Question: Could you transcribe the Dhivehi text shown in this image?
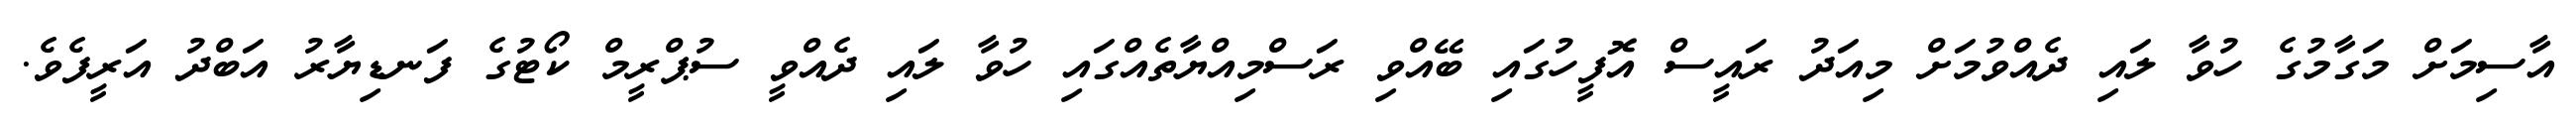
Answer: އާސިމަށް މަގާމުގެ ހުވާ ލައި ދެއްވުމަށް މިއަދު ރައީސް އޮފީހުގައި ބޭއްވި ރަސްމިއްޔާތެއްގައި ހުވާ ލައި ދެއްވީ ސުޕްރީމް ކޯޓުގެ ފަނޑިޔާރު އަބްދު އަރީފެވެ.